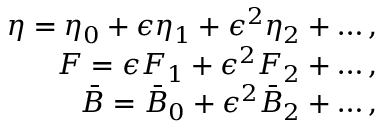
\begin{array} { r } { \eta = \eta _ { 0 } + \epsilon \eta _ { 1 } + \epsilon ^ { 2 } \eta _ { 2 } + \dots , } \\ { F = \epsilon F _ { 1 } + \epsilon ^ { 2 } F _ { 2 } + \dots , } \\ { \bar { B } = \bar { B } _ { 0 } + \epsilon ^ { 2 } \bar { B } _ { 2 } + \dots , } \end{array}